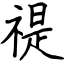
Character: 禔